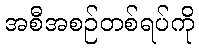
အစီအစဉ်တစ်ရပ်ကို